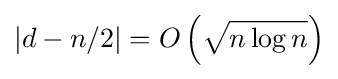
|d-n/2|=O\left({\sqrt {n\log n}}\right)